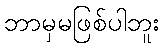
ဘာမှမဖြစ်ပါဘူး